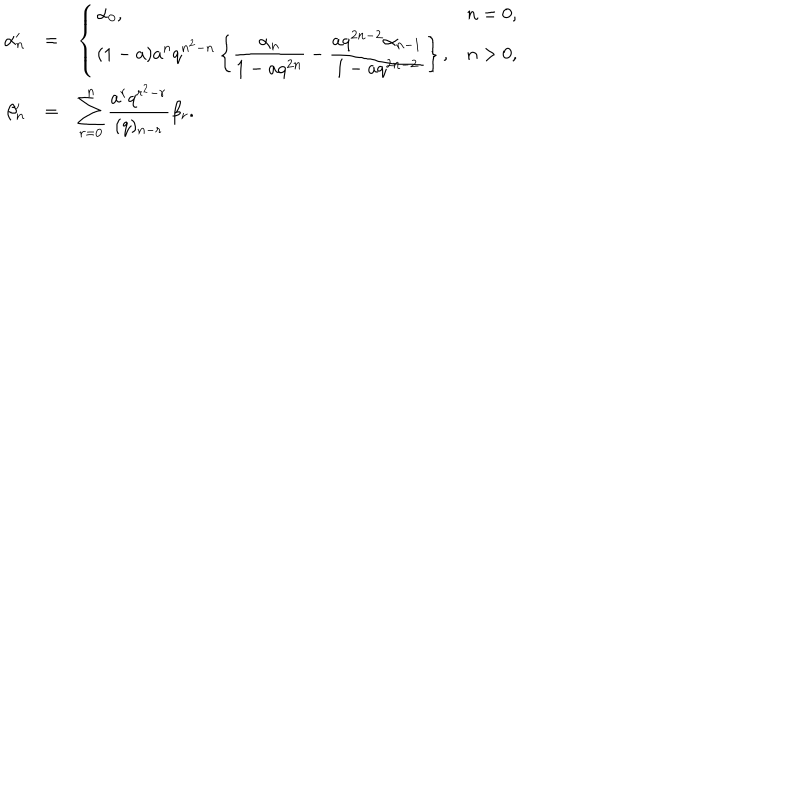
\begin{array} { r c l } { { \alpha _ { n } ^ { \prime } } } & { { = } } & { { \left\{ \begin{array} { l l } { { \alpha _ { 0 } , } } & { { n = 0 , } } \\ { { \displaystyle ( 1 - a ) a ^ { n } q ^ { n ^ { 2 } - n } \left\{ \frac { \alpha _ { n } } { 1 - a q ^ { 2 n } } - \frac { a q ^ { 2 n - 2 } \alpha _ { n - 1 } } { 1 - a q ^ { 2 n - 2 } } \right\} , } } & { { n > 0 , } } \\ \end{array} \right. } } \\ { { \beta _ { n } ^ { \prime } } } & { { = } } & { { \displaystyle \sum _ { r = 0 } ^ { n } \frac { a ^ { r } q ^ { r ^ { 2 } - r } } { ( q ) _ { n - r } } \beta _ { r } . } } \\ \end{array}